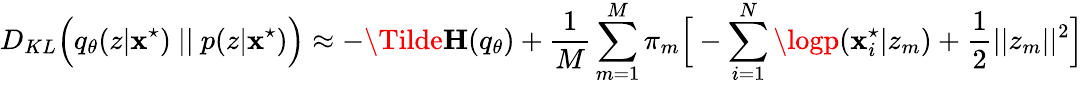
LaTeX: D_{KL}\Big(q_{\theta}(z|\mathbf{x}^{\star})\ ||\ p(z|\mathbf{x}^{\star})\Big)\approx-\mathbf{{\Tilde{H}}}(q_{\theta})+\frac{{1}}{{M}}\sum_{m=1}^{M}\pi_{m}\Big[-\sum_{i=1}^{N}\logp(\mathbf{x}_{i}^{\star}|z_{m})+\frac{{1}}{{2}}||z_{m}||^{2}\Big]